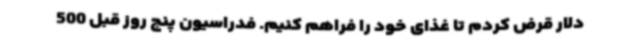
دلار قرض کردم تا غذای خود را فراهم کنیم. فدراسیون پنج روز قبل 500